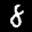
Label: 8